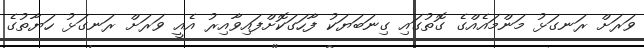
ވަރަށް ރަނގަޅު މަންމައެއްގެ ގޮތުގައި ގިނަބަޔަކު ފާހަގަކޮށްފައިވާއިރު އެއީ ވަރަށް ރަނގަޅު ހަޔާތުގެ